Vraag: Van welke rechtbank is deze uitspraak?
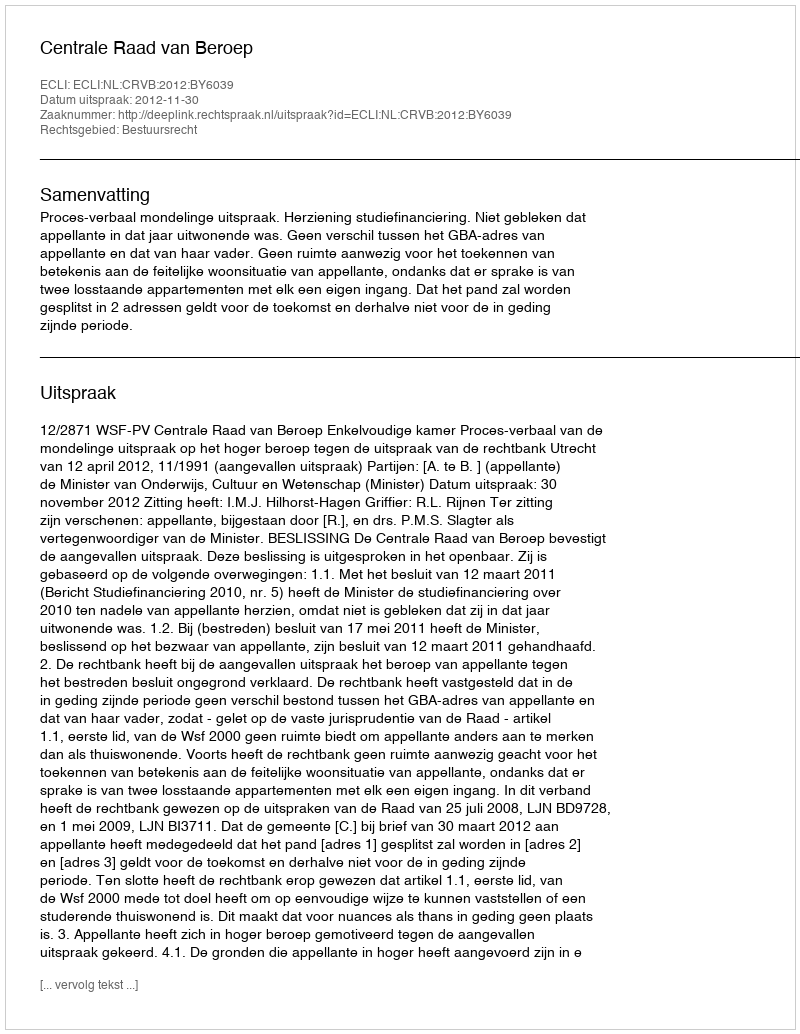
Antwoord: Centrale Raad van Beroep